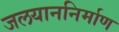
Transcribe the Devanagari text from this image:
जलयाननिर्माण